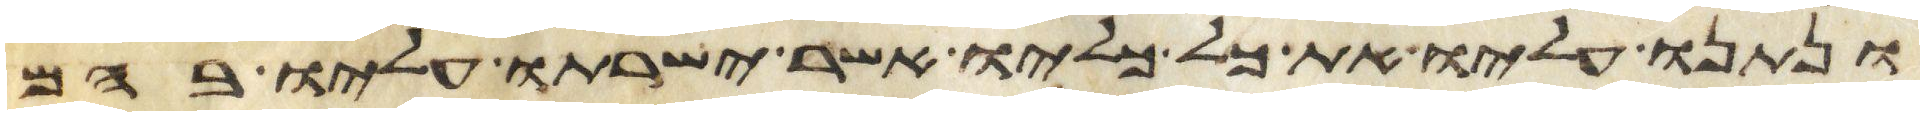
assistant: ונתנו עליו את כל כליו אשר ישרתו עליו בהם